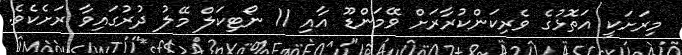
މިރަށަކީ އަތޮޅުގެ ވެރިކަންކުރާރަށް ވޭމަންޑޫ އާއި 11 ނޯޓިކަލް މޭލު ދުރުގައިވާ ރަށެކެވެ.